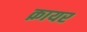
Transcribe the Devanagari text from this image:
क़ायर